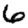
Digit: 6